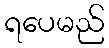
ရပေမည်